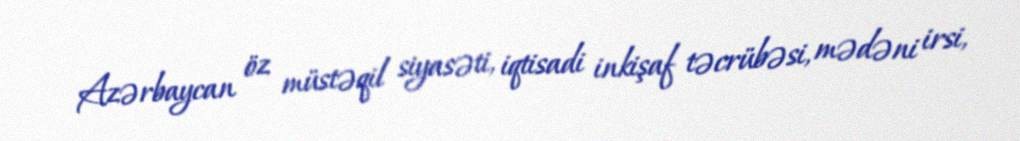
Azərbaycan öz müstəqil siyasəti, iqtisadi inkişaf təcrübəsi, mədəni irsi,